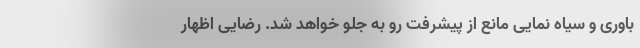
باوری و سیاه نمایی مانع از پیشرفت رو به جلو خواهد شد. رضایی اظهار